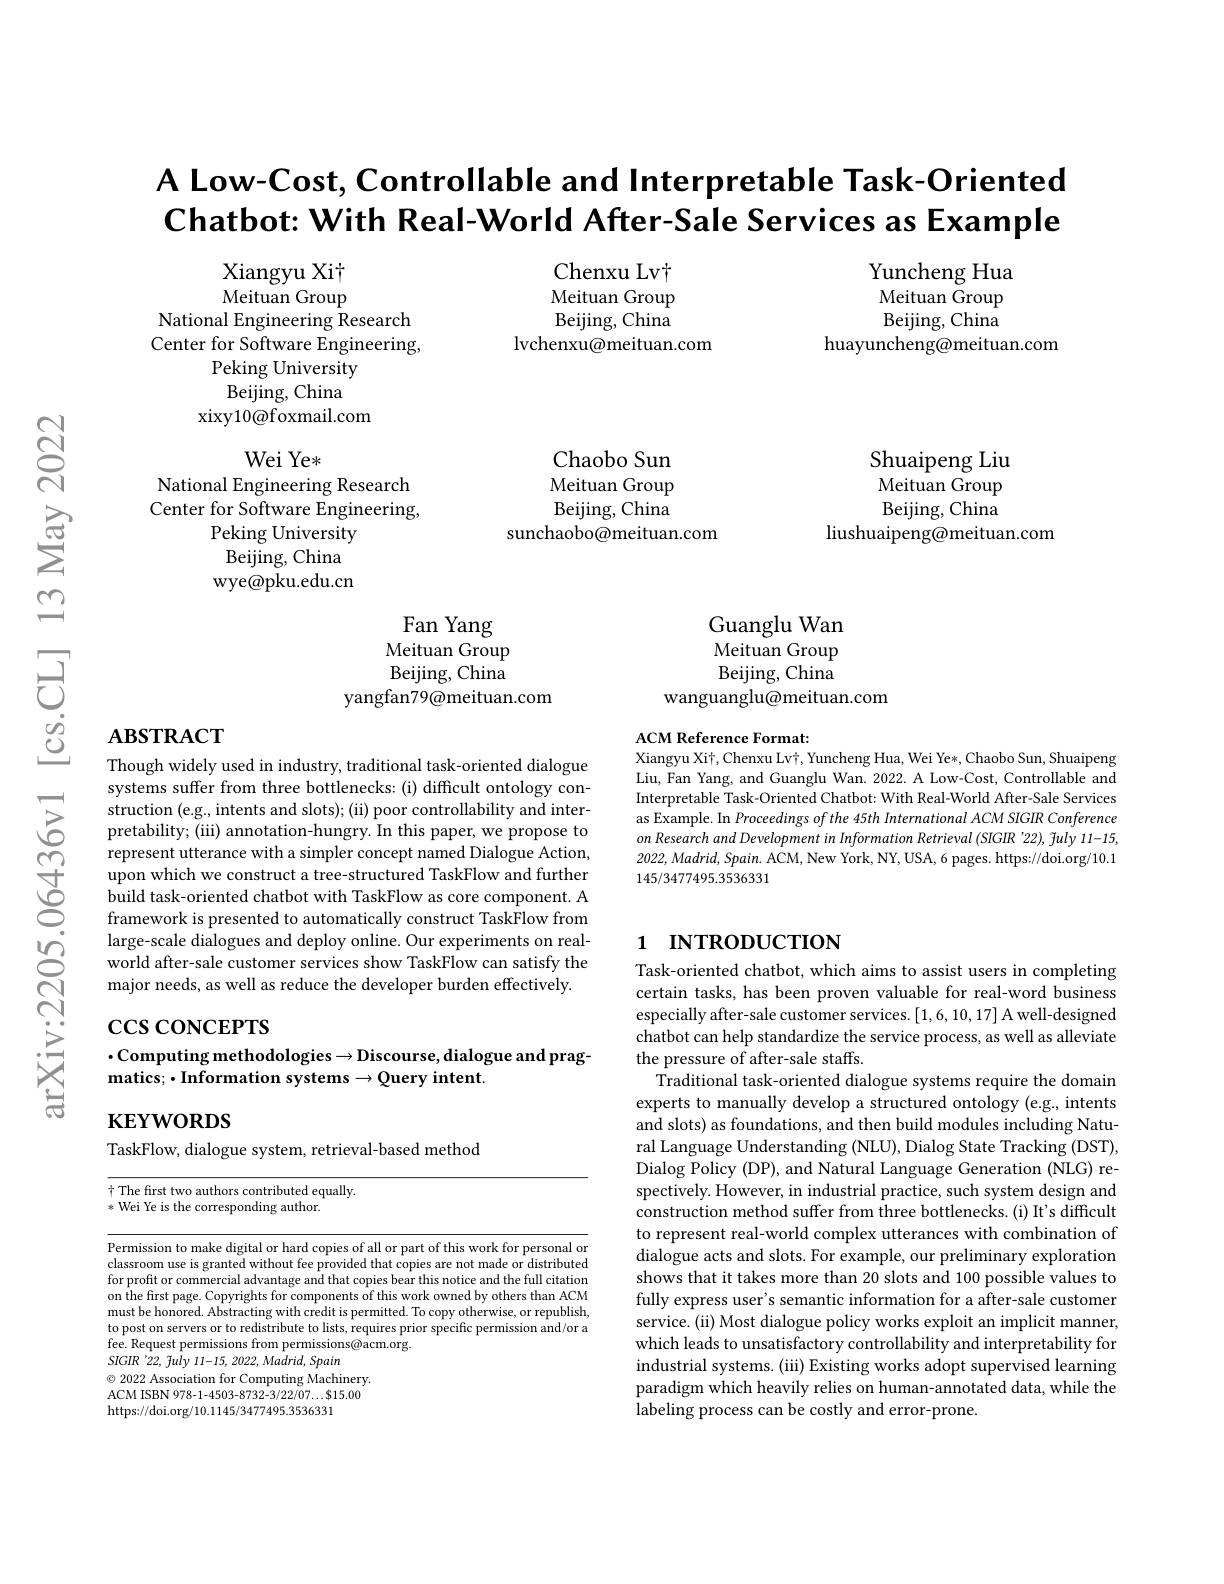
A Low-Cost, Controllable and Interpretable Task-Oriented $\mathbf{Chatbot:With}$ Real-World After-Sale Services as Example

Chenxu Lv$\dagger$ Meituan Group Beijing, China
lvchenxu@meituan.com

Yuncheng Hua Meituan Group Beijing, China
huayuncheng@meituan.com

Xiangyu Xit Meituan Group
National Engineering Research Center for Software Engineering,
Peking University ${\mathrm{Beijing,China}}$
xixy10@foxmail.com

$WeiYe*$

National Engineering Research

Chaobo Sun Meituan Group Beijing, China
sunchaobo@meituan.com

Shuaipeng Liu $\tilde{\text{Meituan Group}}$ Beijing, China
liushuaipeng@meituan.com

Center for Software Engineering,

Peking University

Beijing, China

wye@pku.edu.cn

Guanglu Wan Meituan Group Beijing, China
wanguanglu@meituan.com

Fan Yang Meituan Group Beijing, China
yangfan79@meituan.com

## $\mathbf{ABSTRACT}$

ACM Reference Format:
Xiangyu Xit, Chenxu Lvi, Yuncheng Hua, Wei Ye*, Chaobo Sun, Shuaipeng

Liu, Fan Yang, and Guanglu Wan. 2022. A Low-Cost, Controllable and Interpretable Task-Oriented Chatbot: With Real-World After-Sale Services as Example. In Proceedings of the 45th International ACM SIGIR Conference $on$ Research and Development in Information Retrieval (SIGIR '22), July 11-15, 2022, Madrid, Spain. ACM, New York, NY, USA, 6 pages. https://doi.org/10.1145/3477495.3536331

Though widely used in industry, traditional task-oriented dialogue systems suffer from three bottlenecks: (i) difficult ontology construction (e.g., intents and slots); (ii) poor controllability and interpretability; (iii) annotation-hungry. In this paper, we propose to represent utterance with a simpler concept named Dialogue Action, $\dot{\text{upon which we construct a tree-structured TaskFlow and further}}$ build task-oriented chatbot with TaskFlow as core component. A framework is presented to automatically construct TaskFlow from large-scale dialogues and deploy online. Our experiments on realworld after-sale customer services show TaskFlow can satisfy the major needs, as well as reduce the developer burden effectively.

## 1 INTRODUCTION

## $\csc\csc$coNCEPTS $\cdot$Computing methodologies$\to$Discourse, dialogue and prag- $\mathbf{matics;}\bullet$Information systems$\rightarrow\mathbf{Queryintent}$

$\mathbf{KEYWORDS}$

TaskFlow, dialogue system, retrieval-based method

Task-oriented chatbot, which aims to assist users in completing certain tasks, has been proven valuable for real-word business especially after-sale customer services. [1,6,10,17] A well-designed chatbot can help standardize the service process, as well as alleviate the pressure of after-sale staffs.
Traditional task-oriented dialogue systems require the domain experts to manually develop a structured ontology (e.g, intents and slots) as foundations, and then build modules including Natural Language Understanding (NLU), Dialog State Tracking (DST), Dialog Policy (DP), and Natural Language Generation (NLG) respectively. However, in industrial practice, such system design and construction method suffer from three bottlenecks.(i) It's difficult to represent real-world complex utterances with combination of dialogue acts and slots. For example, our preliminary exploration shows that it takes more than 20 slots and 100 possible values to fully express user's semantic information for a after-sale customer service. (ii) Most dialogue policy works exploit an implicit manner, which leads to unsatisfactory controllability and interpretability for industrial systems. (iii) Existing works adopt supervised learning paradigm which heavily relies on human-annotated data, while the labeling process can be costly and error-prone.

十 The first two authors contributed equally.
* Wei Ye is the corresponding author.

Permission to make digital or hard copies of all or part of this work for personal or classroom use is granted without fee provided that copies are not made or distributed for profit or commercial advantage and that copies bear this notice and the full citation on the first page. Copyrights for components of this work owned by others than ACM must be honored. Abstracting with credit is permitted. To copy otherwise, or republish, to post on servers or to redistribute to lists, requires prior specific permission and/or a fee. Request permissions from permissions@acm.org.
SIGIR '22, fuly 11-15, 2022, Madrid, Spain
$\odot$ 2022 Association for Computing Machinery. ACM ISBN 978-1-4503-8732-3/22/07...$15.00 https://doi.org/10.1145/3477495.3536331